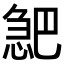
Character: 𪬎